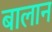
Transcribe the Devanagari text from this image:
बालान